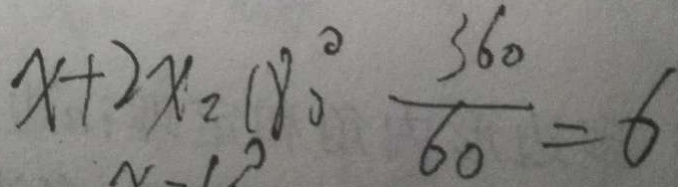
x + 2 x = 1 8 0 ^ { \circ } \frac { 3 6 0 } { 6 0 } = 6